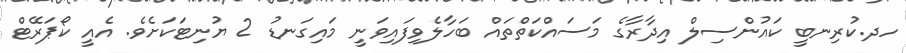
ހދ.ކުރިނބީ ކައުންސިލް އިދާރާގެ މަސައްކަތްތައް ބަހާލެވިފައިވަނީ މައިގަނޑު 2 ޔުނިޓަކަށެވެ. އެއީ ކޯޕަރޭޓް